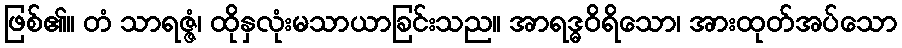
ဖြစ်၏။ တံ သာရဇ္ဇံ၊ ထိုနှလုံးမသာယာခြင်းသည။ အာရဒ္ဓဝိရိသော၊ အားထုတ်အပ်သော